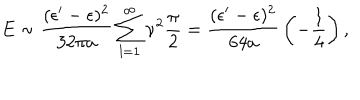
LaTeX: E \sim { \frac { ( \epsilon ^ { \prime } - \epsilon ) ^ { 2 } } { 3 2 \pi a } } \sum _ { l = 1 } ^ { \infty } \nu ^ { 2 } { \frac { \pi } { 2 } } = { \frac { ( \epsilon ^ { \prime } - \epsilon ) ^ { 2 } } { 6 4 a } } \left( - { \frac { 1 } { 4 } } \right) ,